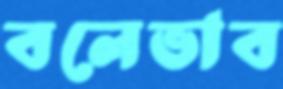
বলেভাব